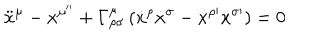
{ \ddot { x } } ^ { \mu } - { x ^ { \mu ^ { \prime \prime } } } + \Gamma _ { \rho \sigma } ^ { \mu } \left( { \dot { x } } ^ { \rho } { \dot { x } } ^ { \sigma } - { x } ^ { \rho \prime } { x } ^ { \sigma \prime } \right) = 0